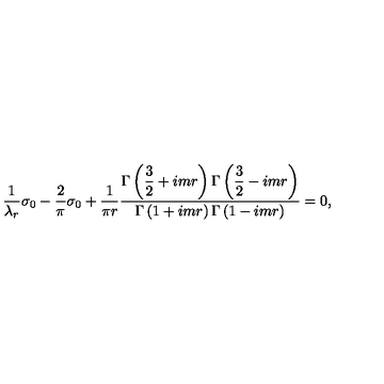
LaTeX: \frac { 1 } { \lambda _ { r } } \sigma _ { 0 } - \frac { 2 } { \pi } \sigma _ { 0 } + \frac { 1 } { \pi r } \frac { \displaystyle \Gamma \left( \frac { 3 } { 2 } + i m r \right) \Gamma \left( \frac { 3 } { 2 } - i m r \right) } { \displaystyle \Gamma \left( 1 + i m r \right) \Gamma \left( 1 - i m r \right) } = 0 ,